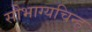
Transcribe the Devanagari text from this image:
सौभाग्यचिन्ह